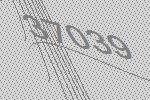
37039